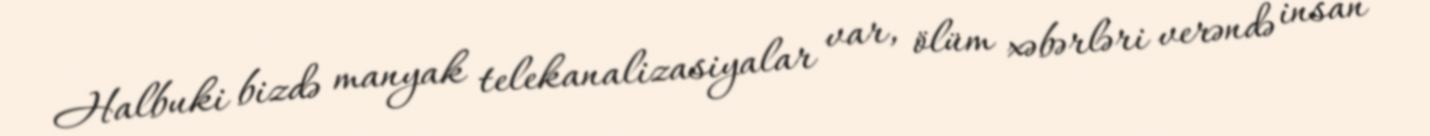
Halbuki bizdə manyak telekanalizasiyalar var, ölüm xəbərləri verəndə insan